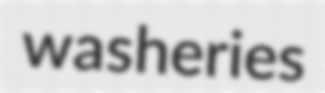
washeries